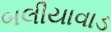
બલીયાવાડ